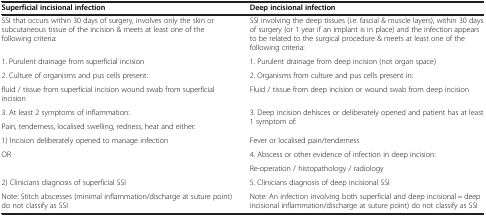
<table><thead><tr><td><b>Superficial incisional infection</b></td><td><b>Deep incisional infection</b></td></tr></thead><tbody><tr><td>SSI that occurs within 30 days of surgery, involves only the skin or subcutaneous tissue of the incision &amp; meets at least one of the following criteria:</td><td>SSI involving the deep tissues (i.e. fascial &amp; muscle layers), within 30 days of surgery (or 1 year if an implant is in place) and the infection appears to be related to the surgical procedure &amp; meets at least one of the following criteria:</td></tr><tr><td>1. Purulent drainage from superficial incision</td><td>1. Purulent drainage from deep incision (not organ space)</td></tr><tr><td>2. Culture of organisms and pus cells present:</td><td>2. Organisms from culture and pus cells present in:</td></tr><tr><td>fluid / tissue from superficial incision wound swab from superficial incision</td><td>Fluid / tissue from deep incision or wound swab from deep incision</td></tr><tr><td>3. At least 2 symptoms of inflammation:</td><td rowspan="2">3. Deep incision dehisces or deliberately opened and patient has at least 1 symptom of:</td></tr><tr><td>Pain, tenderness, localised swelling, redness, heat and either:</td></tr><tr><td>1) Incision deliberately opened to manage infection</td><td>Fever or localised pain/tenderness</td></tr><tr><td rowspan="2">OR</td><td>4. Abscess or other evidence of infection in deep incision:</td></tr><tr><td>Re-operation / histopathology / radiology</td></tr><tr><td>2) Clinicians diagnosis of superficial SSI</td><td>5. Clinicians diagnosis of deep incisional SSI</td></tr><tr><td>Note: Stitch abscesses (minimal inflammation/discharge at suture point) do not classify as SSI</td><td>Note: An infection involving both superficial and deep incisional = deep incisional inflammation/discharge at suture point) do not classify as SSI</td></tr></tbody></table>